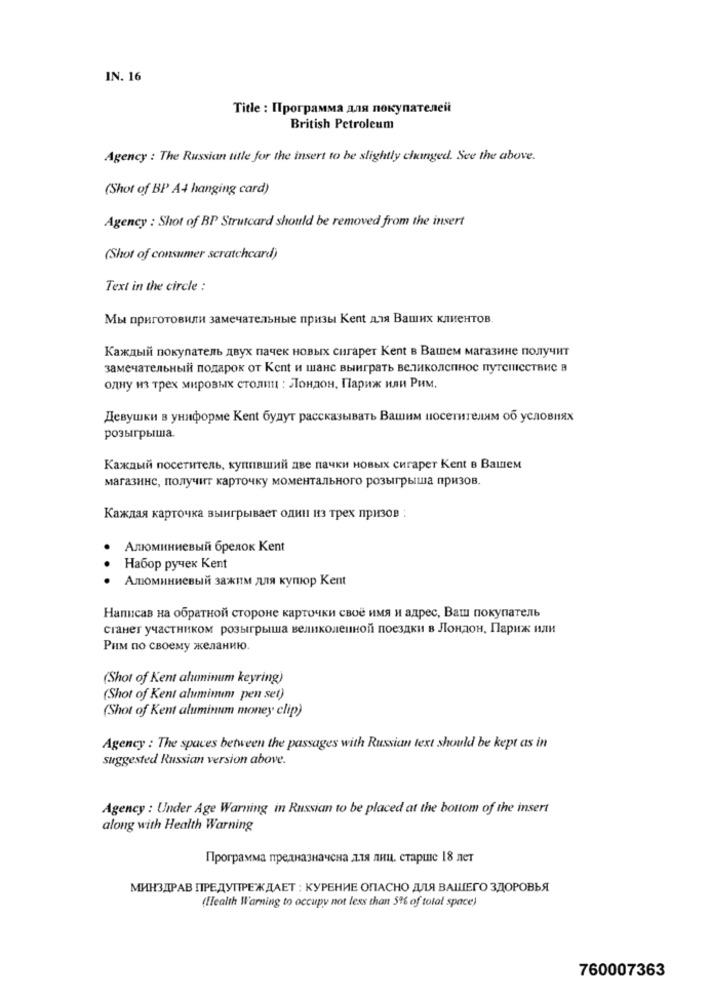
IN. 16
Title : Программа для покупателей
British Petroleum
Agency : The Russian title for the insert to be slightly changed. See the above.
(Shot of BP A4 hanging card)
Agency : Shot of BP Strutcard should be removed from the insert
(Shot of consumer scratchcard)
Text in the circle :
Мы приготовили замечательные призы Kent для Ваших клиентов.
Каждый покупатель двух пачек новых сигарет Kent в Вашем магазине получит
замечательный подарок от Kent и шанс выиграть великолепное путешествие в
одну из трех мировых столиц : Лондон, Париж или Рим.
Девушки в униформе Kent будут рассказывать Вашим посетителям об условиях
розыгрыша.
Каждый посетитель, купивший две пачки новых сигарет Kent в Вашем
магазине, получит карточку моментального розыгрыша призов.
Каждая карточка выигрывает один из трех призов :
Алюминиевый брелок Kent
..
Набор ручек Kent
. .
Алюминиевый зажим для купюр Kent
Написав на обратной стороне карточки своё имя и адрес, Ваш покупатель
станет участником розыгрыша великолепной поездки в Лондон, Париж или
Рим по своему желанию.
(Shot of Kent aluminum keyring)
(Shot of Kent alumimım pen set)
(Shot of Kent aluminum money clip)
Agency : The spaces between the passages with Russian text should be kept as in
suggested Russian version above.
Agency : Under Age Warning in Russian to be placed at the bottom of the insert
along with Health Warning
Программа предназначена для лиц старше 18 лет
МИНЗДРАВ ПРЕДУПРЕЖДАЕТ : КУРЕНИЕ ОПАСНО ДЛЯ ВАШЕГО ЗДОРОВЬЯ
(Health Warning to occupy not less than 5% of total space)
760007363